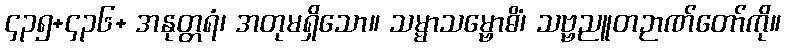
၄၃၅+၄၃၆+ အနုတ္တရံ၊ အတုမရှိသော။ သမ္မာသမ္ဗောဓိံ၊ သဗ္ဗညူတဉာဏ်တော်ကို။